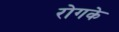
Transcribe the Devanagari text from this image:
रोगके